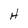
Character: H